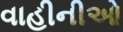
વાહીનીઓ